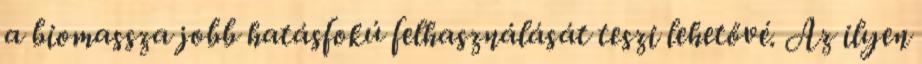
a biomassza jobb hatásfokú felhasználását teszi lehetővé. Az ilyen